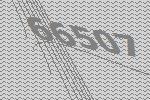
66507